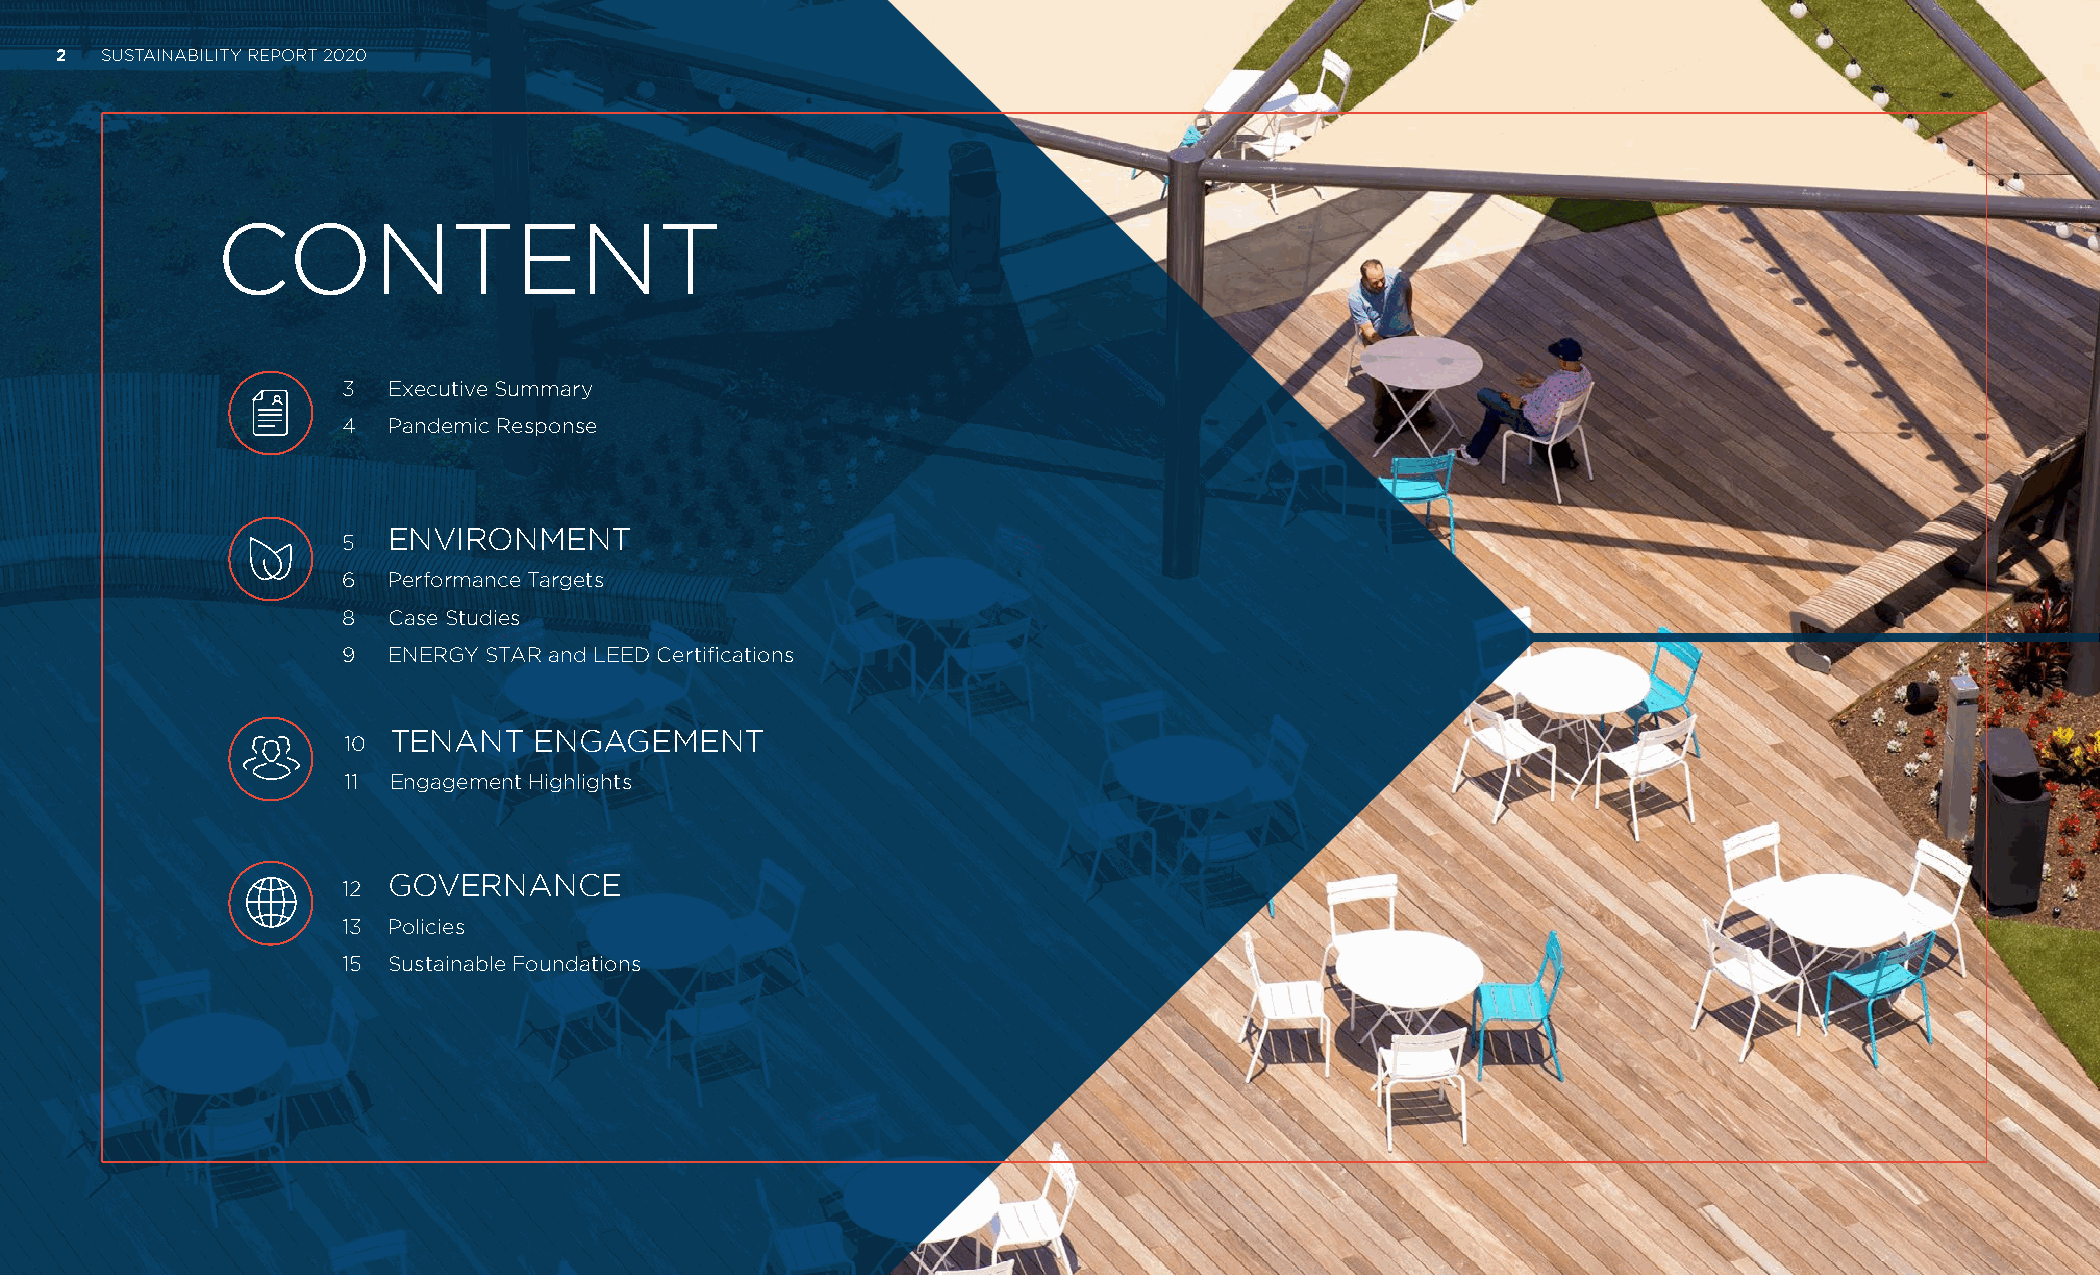
2  SUSTAINABILITY REPORT 2020
 CONTENT
 3  Executive Summary
 4  Pandemic Response
 5
 ENVIRONMENT
 6  Performance Targets
 8  Case Studies
 9  ENERGY STAR and LEED Certifications
 10
 TENANT   ENGAGEMENT
 11 Engagement Highlights
 GOVERNANCE
 12
 13 Policies
 15 Sustainable Foundations